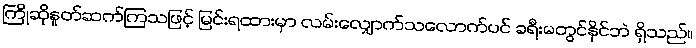
ကြိုဆိုနှုတ်ဆက်ကြသဖြင့် မြင်းရထားမှာ လမ်းလျှောက်သလောက်ပင် ခရီးမတွင်နိုင်ဘဲ ရှိသည်။